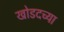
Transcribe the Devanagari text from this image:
खोडदच्या